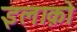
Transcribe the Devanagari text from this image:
इलाक़ो